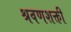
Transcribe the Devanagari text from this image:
श्रवणशक्ती